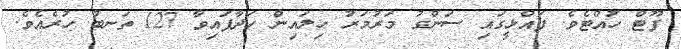
ފޫޓް ހުއްޓެވެ. ފައްޅީގައި ސަންގު މަރުމަރު ހިލައިން ހަދާފައިވާ 127 ތަނބު ހުރެއެވެ.